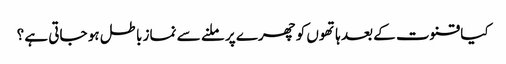
کیا قنوت کے بعد ہاتھوں کو چھرے پر ملنے سے نماز باطل ہو جاتی ہے ؟